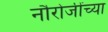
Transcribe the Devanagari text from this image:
नौरोजींच्या